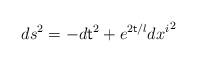
LaTeX: \begin{align*}ds^{2}= - d{\sf t}^{2} + e^{2{\sf t}/l}d{x^i}^2\end{align*}